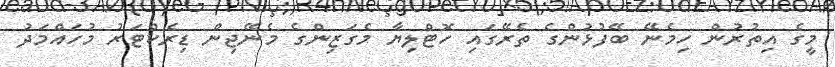
މީގެ އިތުުރުން ހިމެނޭ ބޭފުޅުންގެ ތެރޭގައި ހޮޓްލިޔާ މެގަޒިންގެ މެނޭޖިން ޑިރެކްޓަރު މުހައްމަދު